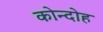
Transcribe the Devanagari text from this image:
कोन्‍दोह